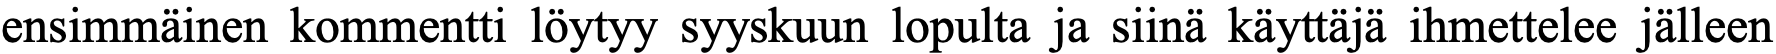
ensimmäinen kommentti löytyy syyskuun lopulta ja siinä käyttäjä ihmettelee jälleen